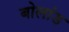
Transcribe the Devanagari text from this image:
बोलांड